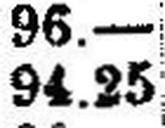
94.25